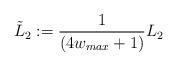
LaTeX: \begin{align*}\tilde{L}_2 := \frac{1}{(4w_{max}+1)}L_2\end{align*}